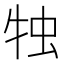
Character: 𤙕